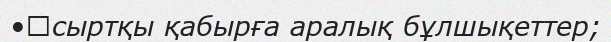
•	сыртқы қабырға аралық бұлшықеттер;